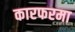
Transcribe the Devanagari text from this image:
कारफरमा